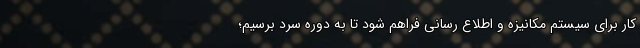
کار برای سیستم مکانیزه و اطلاع رسانی فراهم شود تا به دوره سرد برسیم؛